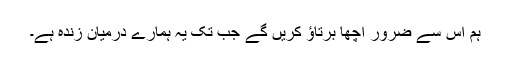
ہم اس سے ضرور اچھا برتاؤ کریں گے جب تک یہ ہمارے درمیان زندہ ہے۔